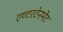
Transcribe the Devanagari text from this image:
एण्टरटेनमेंट